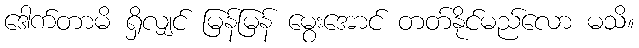
ဒေါက်တာမိ ရှိလျှင် မြန်မြန် မွေးအောင် တတ်နိုင်မည်လော မသိ။